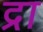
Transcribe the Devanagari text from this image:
द्रा